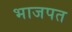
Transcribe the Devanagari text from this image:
भाजपत